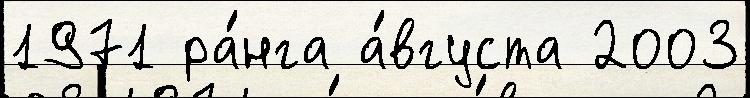
1971 ра́нга а́вгуста 2003